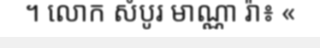
។ លោក សំបូរ មាណ្ណា រ៉ា៖ «